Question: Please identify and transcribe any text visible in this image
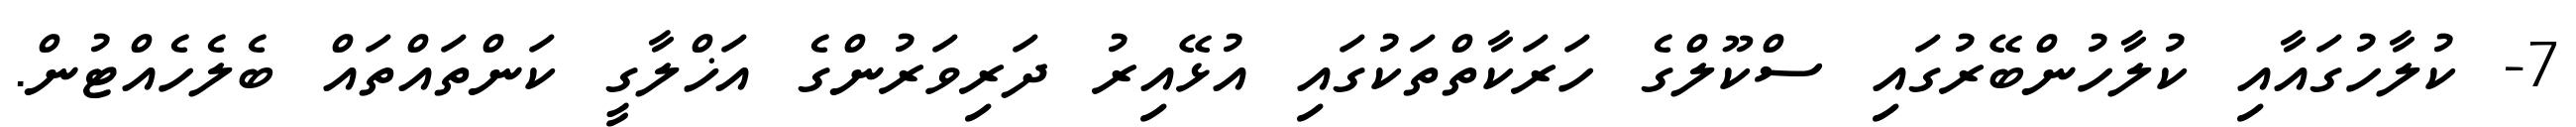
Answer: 7- ކުލާހުގައާއި ކުލާހުންބޭރުގައި ސްކޫލްގެ ހަރަކާތްތަކުގައި އުޅޭއިރު ދަރިވަރުންގެ އަޚްލާގީ ކަންތައްތައް ބެލެހެއްޓުން.